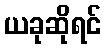
ယခုဆိုရင်